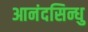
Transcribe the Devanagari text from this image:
आनंदसिन्धु